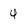
Character: 4